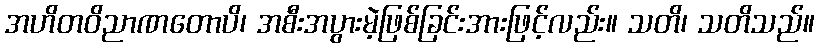
အဟိတဝိညာဏတောပိ၊ အစီးအပွားမဲ့ဖြစ်ခြင်းအားဖြင့်လည်း။ သတိ၊ သတိသည်။